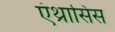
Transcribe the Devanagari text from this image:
एंथ्रासिस